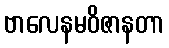
ဗာလေနမဝိဇာနတာ